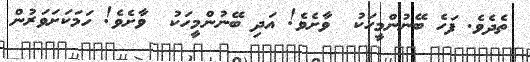
ތެދެވެ. ފަހެ ބޭނުންމީހަކު  ވާށެވެ! އަދި ބޭނުންމީހަކު  ވާށެވެ! ހަމަކަށަވަރުން